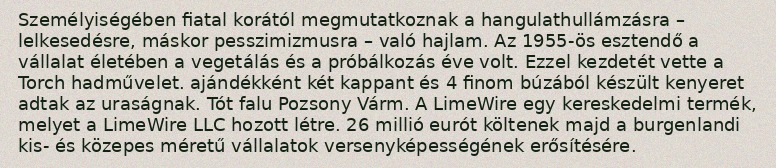
Személyiségében fiatal korától megmutatkoznak a hangulathullámzásra – lelkesedésre, máskor pesszimizmusra – való hajlam. Az 1955-ös esztendő a vállalat életében a vegetálás és a próbálkozás éve volt. Ezzel kezdetét vette a Torch hadművelet. ajándékként két kappant és 4 finom búzából készült kenyeret adtak az uraságnak. Tót falu Pozsony Várm. A LimeWire egy kereskedelmi termék, melyet a LimeWire LLC hozott létre. 26 millió eurót költenek majd a burgenlandi kis- és közepes méretű vállalatok versenyképességének erősítésére.